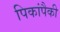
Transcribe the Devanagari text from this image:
पिकांपैकी